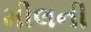
મીલની